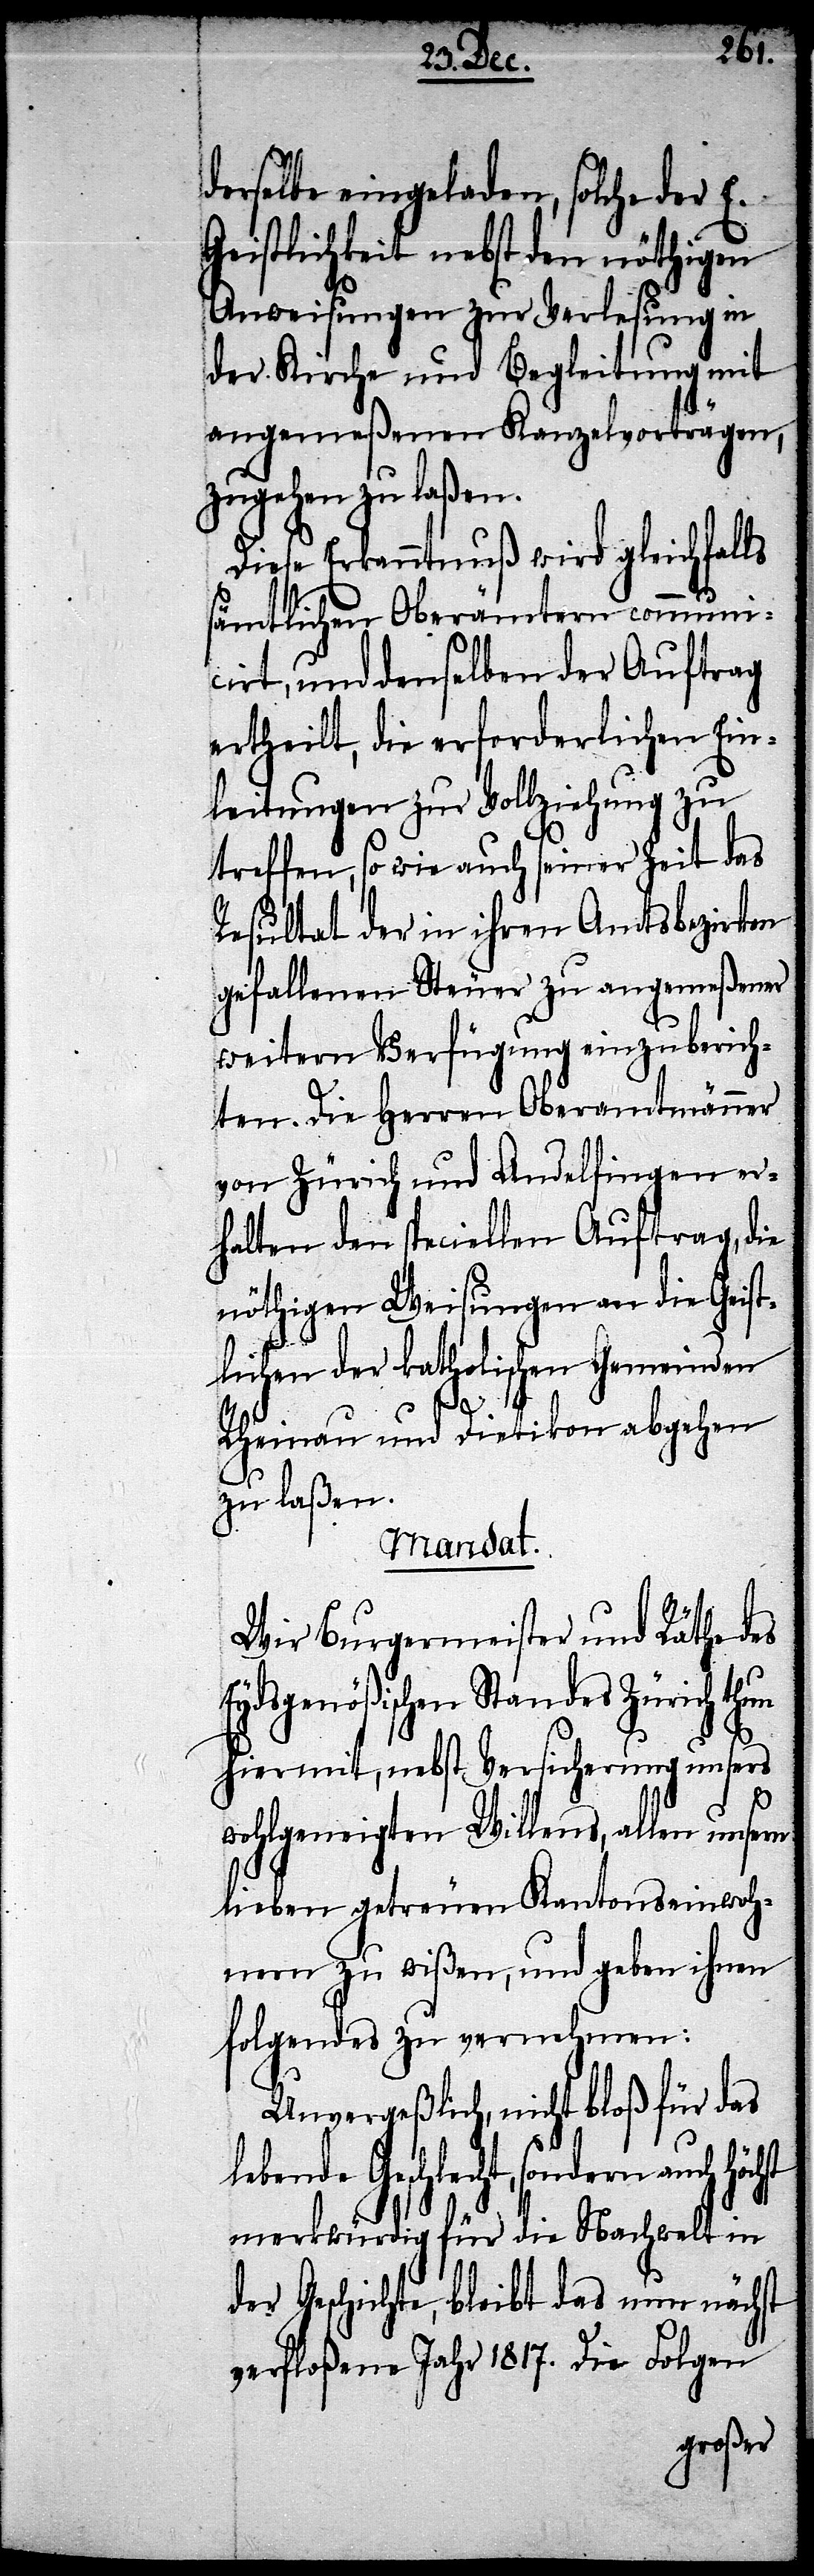
derselbe eingeladen, solche der E.
Geistlichkeit nebst den nöthigen
Anweisungen zur Verlesung in
der Kirche und Begleitung mit
angemeßenen Kanzelvorträgen
zugehen zu laßen.
Diese Erkanntnuß wird gleichfal¬
sämtlichen Oberämtern communi¬
cirt, und demselben der Auftrag
ertheilt, die erforderlichen Ein¬
leitungen zur Vollziehung zu
treffen, so wie auch seiner Zeit das
Resultat der in ihren Amtsbezirken
gefallenen Steuer zu angemeßener
weitern Verfügung einzuberich¬
ten. Die Herren Oberamtmänner
von Zürich und Andelfingen er¬
halten den speciellen Auftrag, die
nöthigen Weisungen an die Gei¬
stlichen der katholischen Gemeinden
le¬
Rheinau und Dietikon abgehen
zu laßen.
Mandat.
Wir Burgermeister und Räthe des
Eydsgenößischen Standes Zürich thun
hiermit, nebst Versicherung unsers
wohlgeneigten Willens, allen unsern
lieben getreuen Kantonseinwoh¬
nern zu wißen, und geben ihnen
folgendes zu vernehmen:
Unvergeßlich, nicht bloß für das
bende Geschlecht, sondern auch
merkwürdig für die Nachwelt in
der Geschichte, bleibt das nun nächst
verfloßene Jahr 1817. Die Folgen